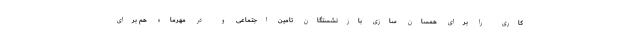
کاری را برای همسان سازی بازنشستگان تامین اجتماعی و در مهرماه هم برای